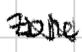
Text: Zone.
Cross-out: zig-zag
Writing tool: digital_black